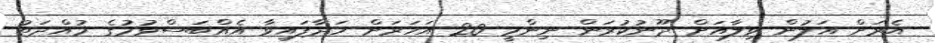
އެރަށް އަލުން ވިލާއަށް ދޫނުކުރަން ނިންމީ 20 އަހަރަށް ހަދާފައިވާ އެއްބަސްވުމުގެ މުއްދަތު